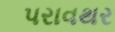
પરાવથર